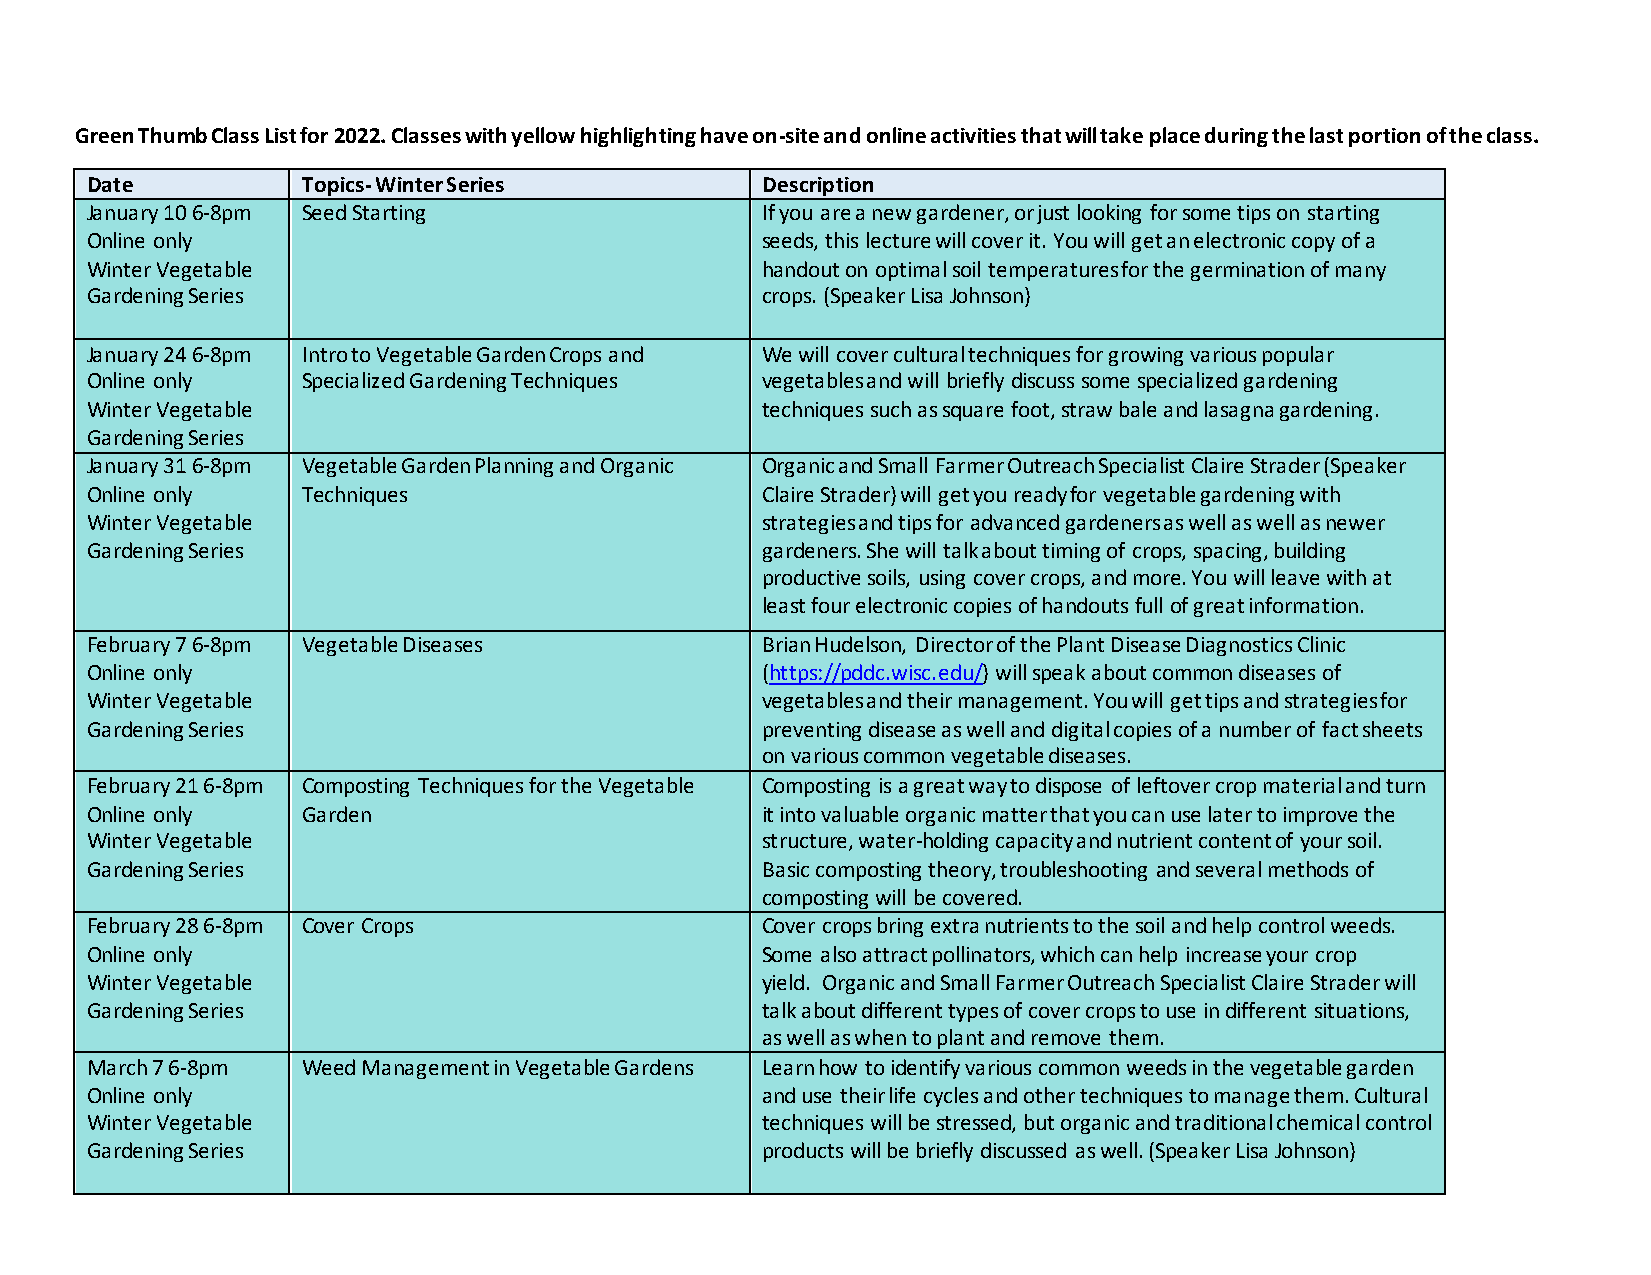
Green Thumb Class List for 2022. Classes with yellow highlighting have on-site and online activities that will take place during the last portion of the class.
 Date          Topics- Winter Series         Description
 January 10 6-8pm Seed Starting              If you are a new gardener, or just looking for some tips on starting
 Online only                                 seeds, this lecture will cover it. You will get an electronic copy of a
 Winter Vegetable                            handout on optimal soil temperatures for the germination of many
 Gardening Series                            crops. (Speaker Lisa Johnson)
 January 24 6-8pm Intro to Vegetable Garden Crops and We will cover cultural techniques for growing various popular
 Online only   Specialized Gardening Techniques vegetables and will briefly discuss some specialized gardening
 Winter Vegetable                            techniques such as square foot, straw bale and lasagna gardening.
 Gardening Series
 January 31 6-8pm Vegetable Garden Planning and Organic Organic and Small Farmer Outreach Specialist Claire Strader (Speaker
 Online only   Techniques                    Claire Strader) will get you ready for vegetable gardening with
 Winter Vegetable                            strategies and tips for advanced gardeners as well as well as newer
 Gardening Series                            gardeners. She will talk about timing of crops, spacing, building
 productive soils, using cover crops, and more. You will leave with at
 least four electronic copies of handouts full of great information.
 February 7 6-8pm Vegetable Diseases         Brian Hudelson, Director of the Plant Disease Diagnostics Clinic
 Online only                                 (https://pddc.wisc.edu/) will speak about common diseases of
 Winter Vegetable                            vegetables and their management. You will get tips and strategies for
 Gardening Series                            preventing disease as well and digital copies of a number of fact sheets
 on various common vegetable diseases.
 February 21 6-8pm Composting Techniques for the Vegetable Composting is a great way to dispose of leftover crop material and turn
 Online only   Garden                        it into valuable organic matter that you can use later to improve the
 Winter Vegetable                            structure, water-holding capacity and nutrient content of your soil.
 Gardening Series                            Basic composting theory, troubleshooting and several methods of
 composting will be covered.
 February 28 6-8pm Cover Crops               Cover crops bring extra nutrients to the soil and help control weeds.
 Online only                                 Some also attract pollinators, which can help increase your crop
 Winter Vegetable                            yield. Organic and Small Farmer Outreach Specialist Claire Strader will
 Gardening Series                            talk about different types of cover crops to use in different situations,
 as well as when to plant and remove them.
 March 7 6-8pm Weed Management in Vegetable Gardens Learn how to identify various common weeds in the vegetable garden
 Online only                                 and use their life cycles and other techniques to manage them. Cultural
 Winter Vegetable                            techniques will be stressed, but organic and traditional chemical control
 Gardening Series                            products will be briefly discussed as well. (Speaker Lisa Johnson)